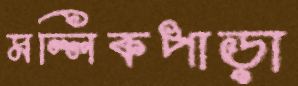
মল্লিকপাড়া